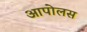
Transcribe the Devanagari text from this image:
आपोलस